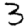
Digit: 3